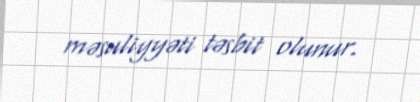
məsuliyyəti təsbit olunur.